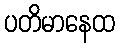
ပတိမာနေထ